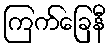
ကြက်ခြေနီ